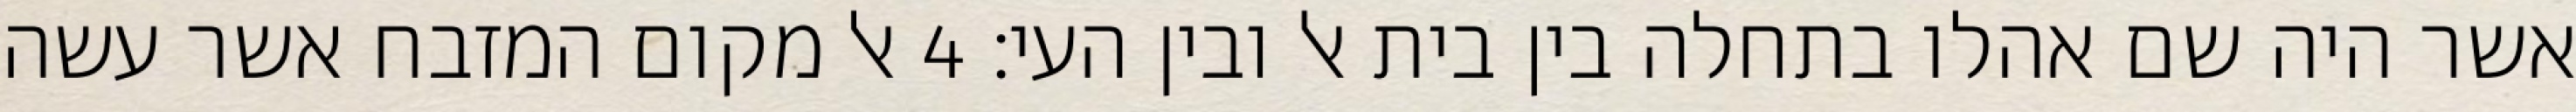
אשר היה שם אהלו בתחלה בין בית אל ובין העי׃ ‎4‏ אל מקום המזבח אשר עשה